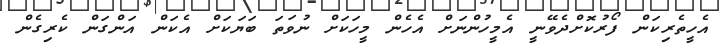
އެހީތެރިކަން ފޯރުކޮށްދެވޭނީ އެމީހުންނަށް އެހެން މީހަކަށް ނުވަތަ ބަޔަކަށް އެކަން އަންގަން ކެރިގެން